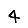
Digit: 4